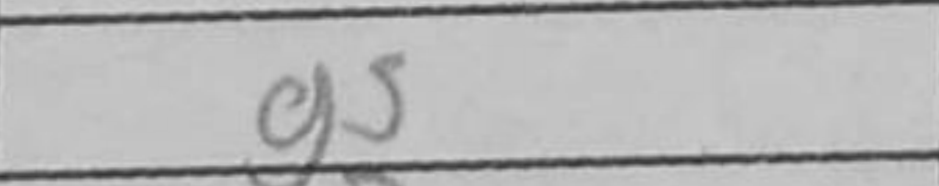
Transcription: Bd6+